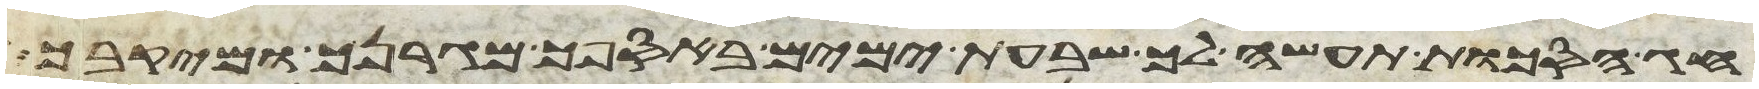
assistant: חג הסכות תעשה לך שבעת ימים באספך מגרנך ומיקבך